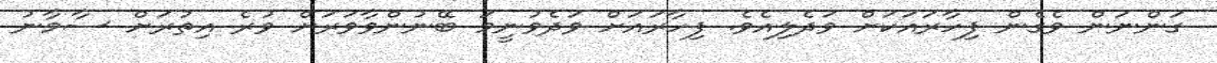
ގަންނަން ވެގެން ފިހާރައަކަށް ވަދެލިއެވެ. ފިހާރައަށް ވަދެވުނީމަ ބޭނުންވާވަރަށް ވުރެ އިތުރަށް ސާމާނު